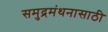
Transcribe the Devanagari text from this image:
समुद्रमंथनासाठी